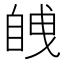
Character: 𮍚